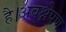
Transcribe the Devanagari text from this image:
है।अवक्षेपण